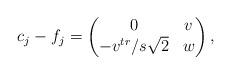
LaTeX: \begin{align*}c_j-f_j=\begin{pmatrix}0&v\\-v^{tr}/s\sqrt{2}&w\end{pmatrix},\end{align*}